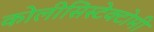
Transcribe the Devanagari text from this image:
कोलीसिस्टेक्टोमी